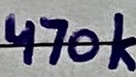
Text: 470k